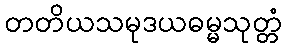
တတိယသမုဒယဓမ္မသုတ္တံ